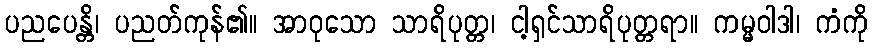
ပညပေန္တိ၊ ပညတ်ကုန်၏။ အာဝုသော သာရိပုတ္တ၊ ငါ့ရှင်သာရိပုတ္တရာ။ ကမ္မဝါဒါ၊ ကံကို